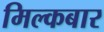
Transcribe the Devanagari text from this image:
मिल्कबार